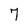
Character: 7